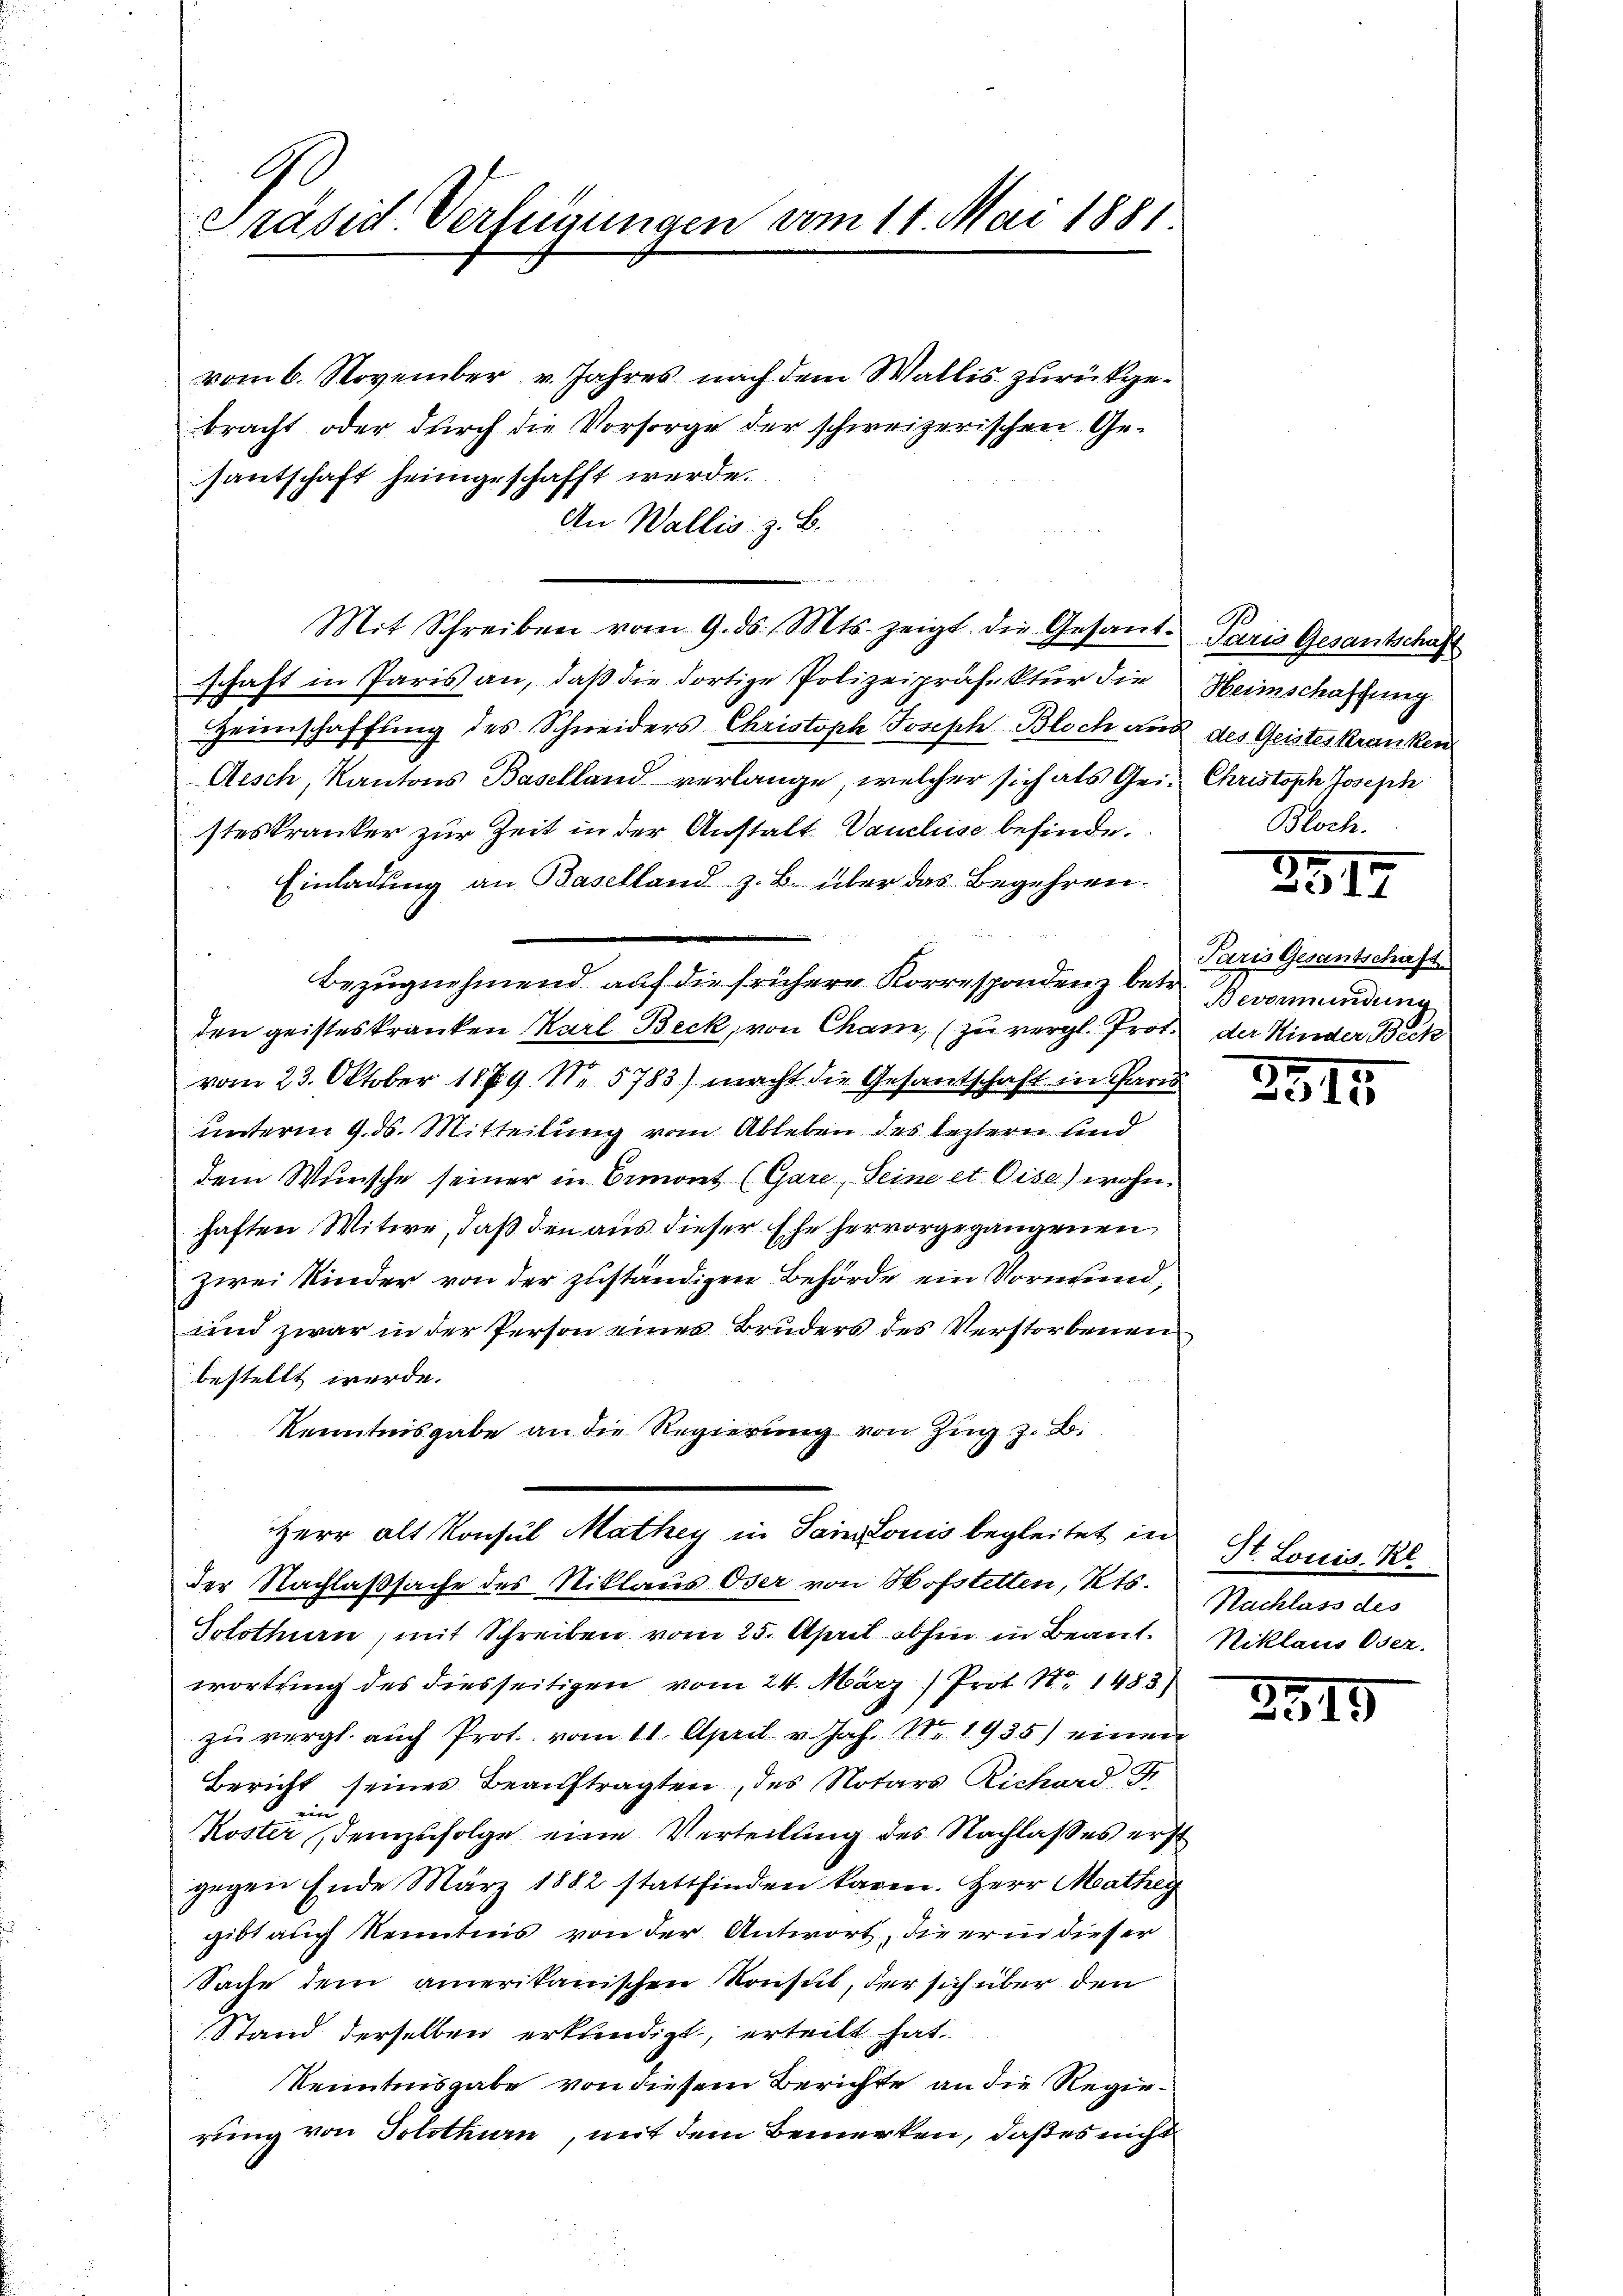
.
¬
Präsid. Verfügungen vom 11. Mai 1881.

vom 6. November v. Jahres nach dem Wallis zurückgebracht oder durch die Vorsorge der schweizerischen Gesantschaft heimgeschafft werde.
An Wallis. z. B.
Mit Schreiben vom 9. ds. Mts. zeigt die Gesant-
schaft in Paris an, daß die dortige Polizeipräfektur die
S
Heienschaffung des Schneiders Christoph Joseph Bloch aus des Geisteskranken
Aesch, Kantons Baselland verlange, welcher sich als Geisteskranker zur Zeit in der Anstalt. Vanclise befinde.
Einladung an Baselland z. B. über das Begehren¬
Bezugnehmend auf die frühere Korrespondenz betr. Bevormundung
den geisteskranken Karl Beck, von Cham, (zu vergl. Prot. der Kinder Beck
vom 23. Oktober 1879 No 5783) macht die Gesantschaft in Paris
unterm 9. ds. Mitteilung vom Ableben des leztern und
dem Wunsche seiner in Ormont (Gare, Seine et Cise) wohnhaften Witwe, daß den aus dieser Ehe hervorgegangenen
zwei Kinder von der zuständigen Behörde ein Vormund,
und zwar in der Person eines Bruders des Verstorbenen
bestellt werde.
Kenntnisgabe an die Regierung von Zug z. B.
Herr alt Konsul Mathey in Sainzonis begleitet in
der Nachlaßsache des Niklaus Oser von Hofstetten, Kts.
Solothurn, mit Schreiben vom 25. April abhin in Beantwortung des diesseitigen vom 24. März 1) Prot. N. 1483)
zŭ vergl. auch Prot. vom 11. April v. Jah. Nr. 1935) einen
Bericht seines Beauftragten, des Notars Richard Fr
ver
Koster demzufolge eine Verteilung des Nachlasses erst
gegen Ende März 1882 stattfinden karen. Herr Matheg
gibt auch Kenntnis von der Antwort, die erin dieser
Sache dem amerikanischen Konsul, der sich über den
Stand derselben erkundigt, erteilt hat.
Kenntnisgabe von diesem Berichte an die Regierung von Solothurn, mit dem Bemerken, daß es nicht

Paris Gesantschaft
Heimschaffung
Christoph Joseph

5317

Paris Gesantschaft

2515

St. Louis. Kl
Nachlass des
Niklaus Oser.

359